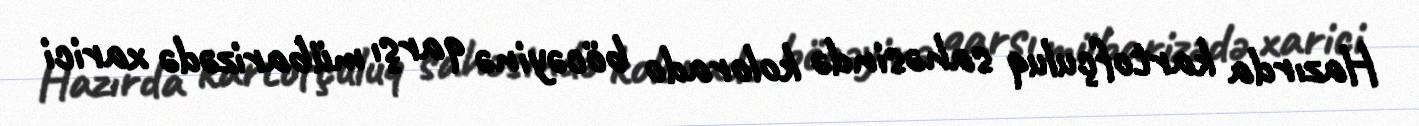
Hazırda kartofçuluq sahəsində kolorado böcəyinə qarşı mübarizədə xarici